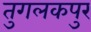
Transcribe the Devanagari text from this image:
तुगलकपुर